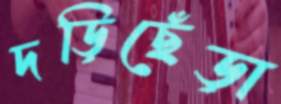
দড়িছেঁড়া